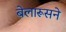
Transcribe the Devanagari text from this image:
बेलारूसने